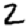
Digit: 2